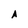
Character: A